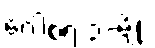
ဂေါစရ ၃-မျိုး